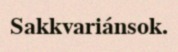
Sakkvariánsok.